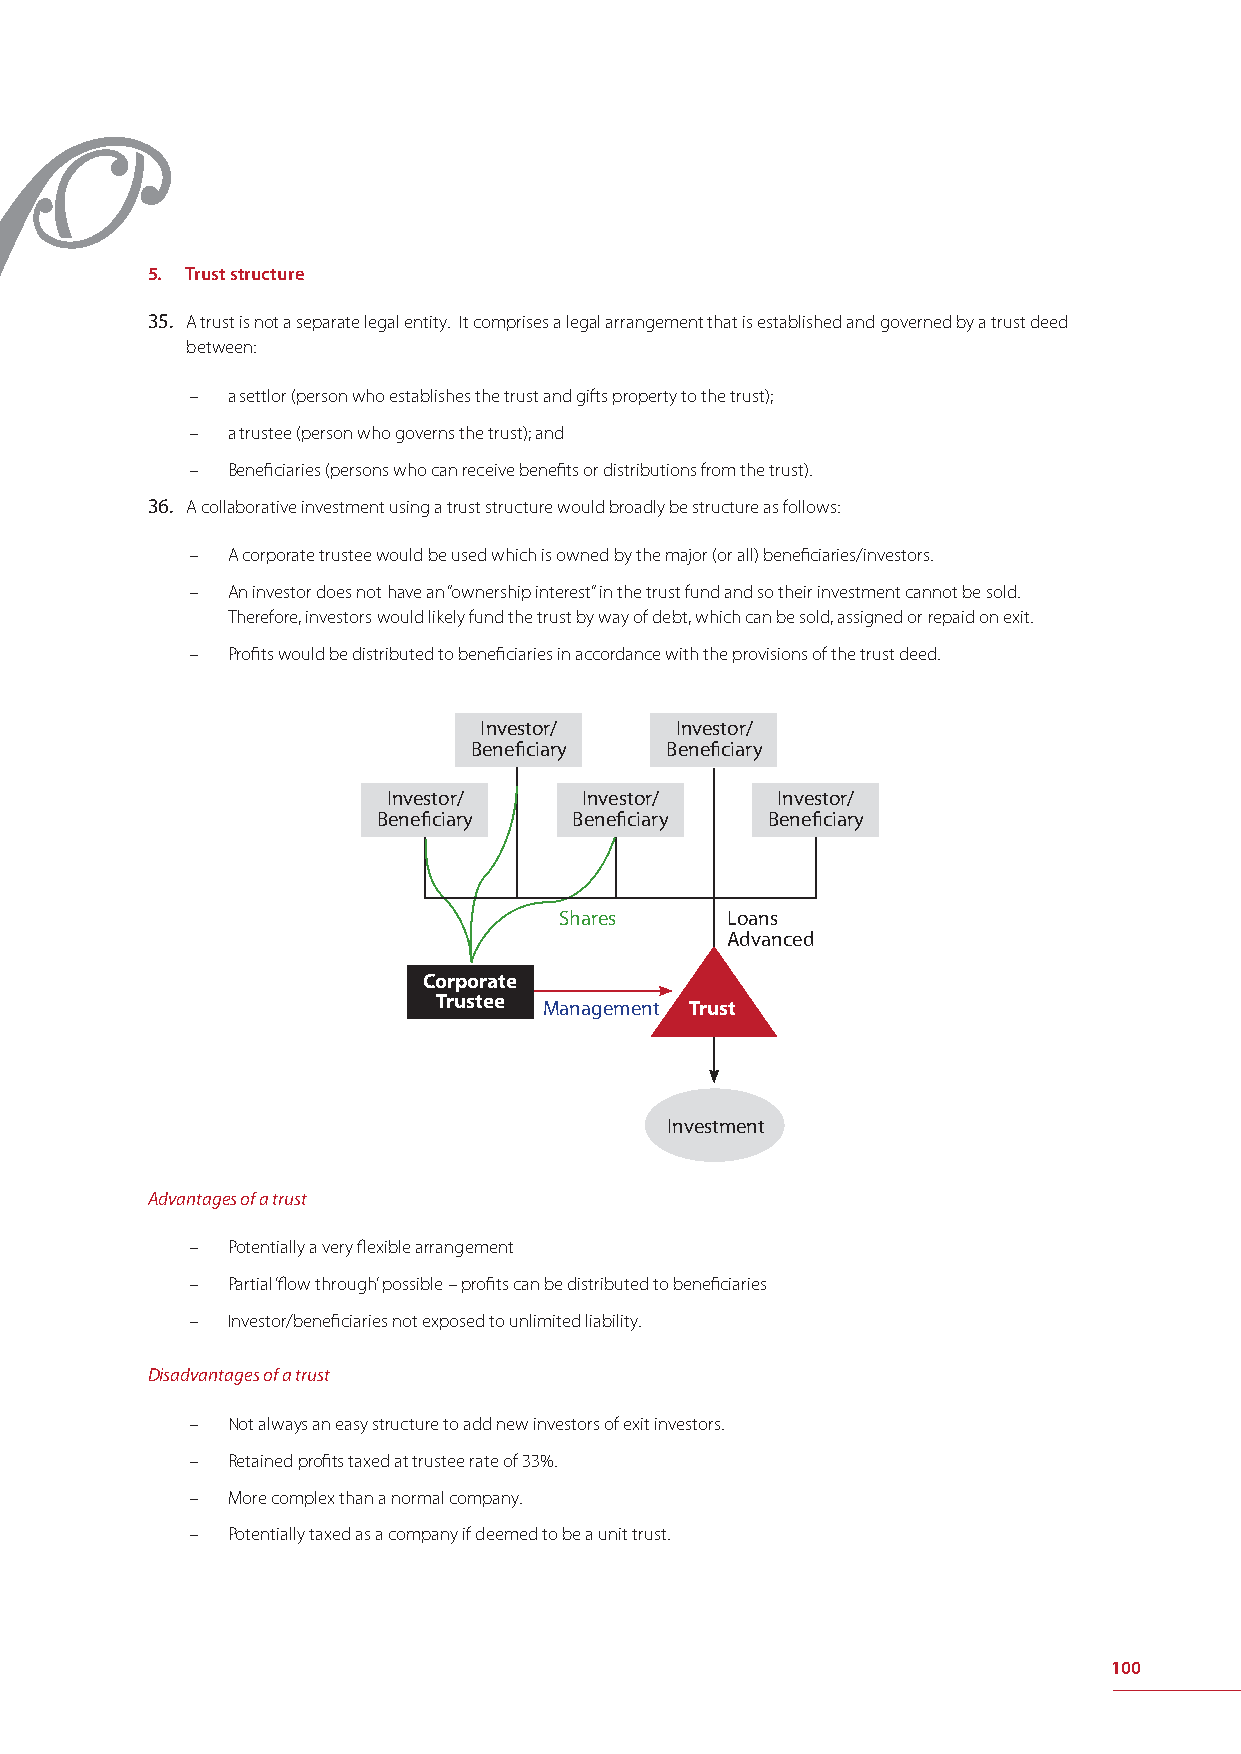
5. Trust structure
 35. A trust is not a separate legal entity. It comprises a legal arrangement that is established and governed by a trust deed
 between:
 – a settlor (person who establishes the trust and gifts property to the trust);
 – a trustee (person who governs the trust); and
 – Benefi ciaries (persons who can receive benefi ts or distributions from the trust).
 36. A collaborative investment using a trust structure would broadly be structure as follows:
 – A corporate trustee would be used which is owned by the major (or all) benefi ciaries/investors.
 – An investor does not have an “ownership interest” in the trust fund and so their investment cannot be sold.
 Therefore, investors would likely fund the trust by way of debt, which can be sold, assigned or repaid on exit.
 – Profi ts would be distributed to benefi ciaries in accordance with the provisions of the trust deed.
 Investor/    Investor/
 Benefi ciary Benefi ciary
 Investor/   Investor/    Investor/
 Benefi ciary Benefi ciary Benefi ciary
 Shares     Loans
 Advanced
 Corporate
 Trustee Management Trust
 Investment
 Advantages of a trust
 – Potentially a very fl exible arrangement
 – Partial ‘fl ow through’ possible – profi ts can be distributed to benefi ciaries
 – Investor/benefi ciaries not exposed to unlimited liability.
 Disadvantages of a trust
 – Not always an easy structure to add new investors of exit investors.
 – Retained profi ts taxed at trustee rate of 33%.
 – More complex than a normal company.
 – Potentially taxed as a company if deemed to be a unit trust.
 100